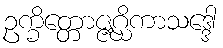
ဥက္ခိတ္တောဇ္ဇဂ္ဃိကာသဒ္ဒေါ